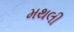
મથલી